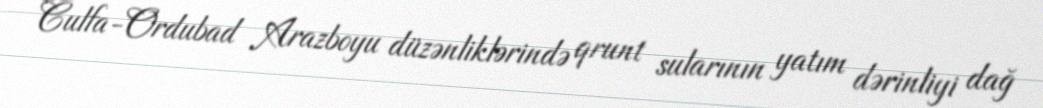
Culfa-Ordubad Arazboyu düzənliklərində qrunt sularının yatım dərinliyi dağ